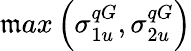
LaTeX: \mathfrak{m}ax\left(\sigma_{1u}^{qG},\sigma_{2u}^{qG}\right)